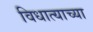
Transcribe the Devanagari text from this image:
विधात्याच्या